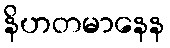
နိဟတမာနေန